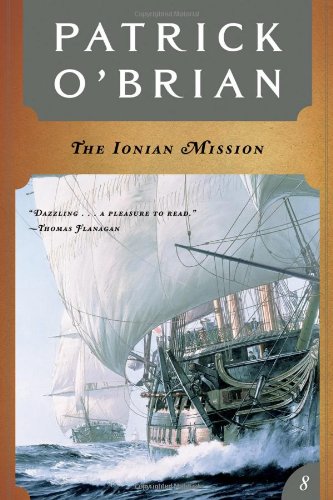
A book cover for The Ionian Mission (Vol. Book 8)  (Aubrey/Maturin Novels); Patrick O'Brian; Literature & Fiction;